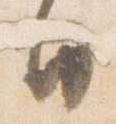
日